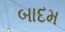
બાદમ